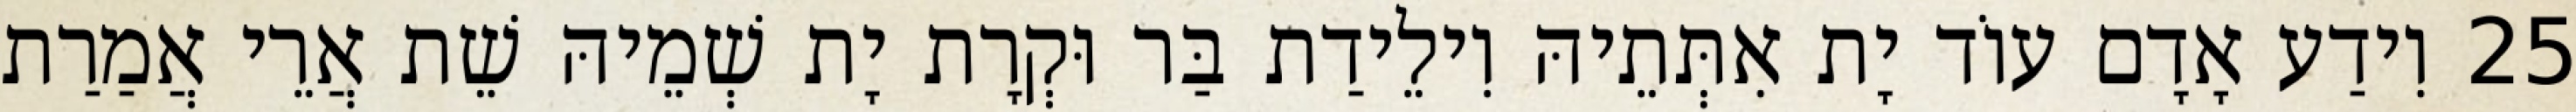
25 וִידַע אָדָם עוֹד יָת אִתְּתֵיהּ וִילֵידַת בַּר וּקְרָת יָת שְׁמֵיהּ שֵׁת אֲרֵי אֲמַרַת